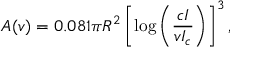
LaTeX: A ( v ) = 0 . 0 8 1 \pi R ^ { 2 } \left[ \log \left( { \frac { c I } { v I _ { c } } } \right) \right] ^ { 3 } ,